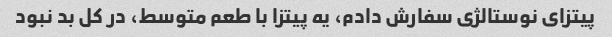
پیتزای نوستالژی سفارش دادم، یه پیتزا با طعم متوسط، در کل بد نبود